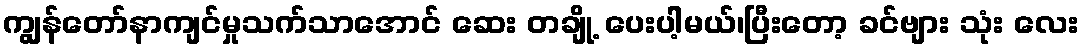
ကျွန်တော်နာကျင်မှုသက်သာအောင် ဆေး တချို့ ပေးပါ့မယ်၊ပြီးတော့ ခင်ဗျား သုံး လေး